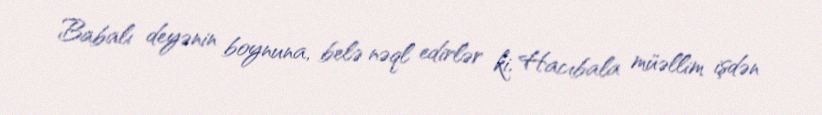
Babalı deyənin boynuna, belə nəql edirlər ki, Hacıbala müəllim işdən